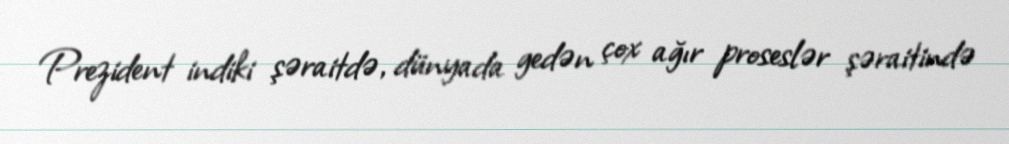
Prezident indiki şəraitdə, dünyada gedən çox ağır proseslər şəraitində